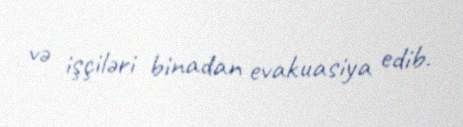
və işçiləri binadan evakuasiya edib.